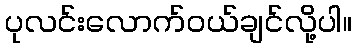
ပုလင်းလောက်ဝယ်ချင်လို့ပါ။